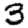
Digit: 3